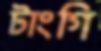
টাংগি